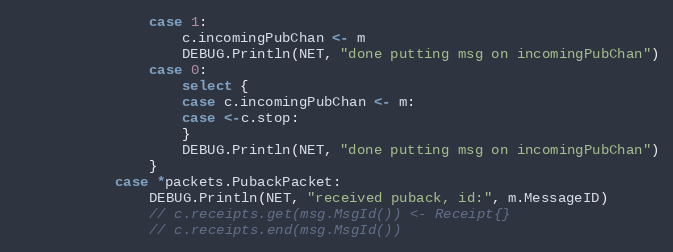
Language: Go
				case 1:
					c.incomingPubChan <- m
					DEBUG.Println(NET, "done putting msg on incomingPubChan")
				case 0:
					select {
					case c.incomingPubChan <- m:
					case <-c.stop:
					}
					DEBUG.Println(NET, "done putting msg on incomingPubChan")
				}
			case *packets.PubackPacket:
				DEBUG.Println(NET, "received puback, id:", m.MessageID)
				// c.receipts.get(msg.MsgId()) <- Receipt{}
				// c.receipts.end(msg.MsgId())